Rae_vallavalitsus, lk 78
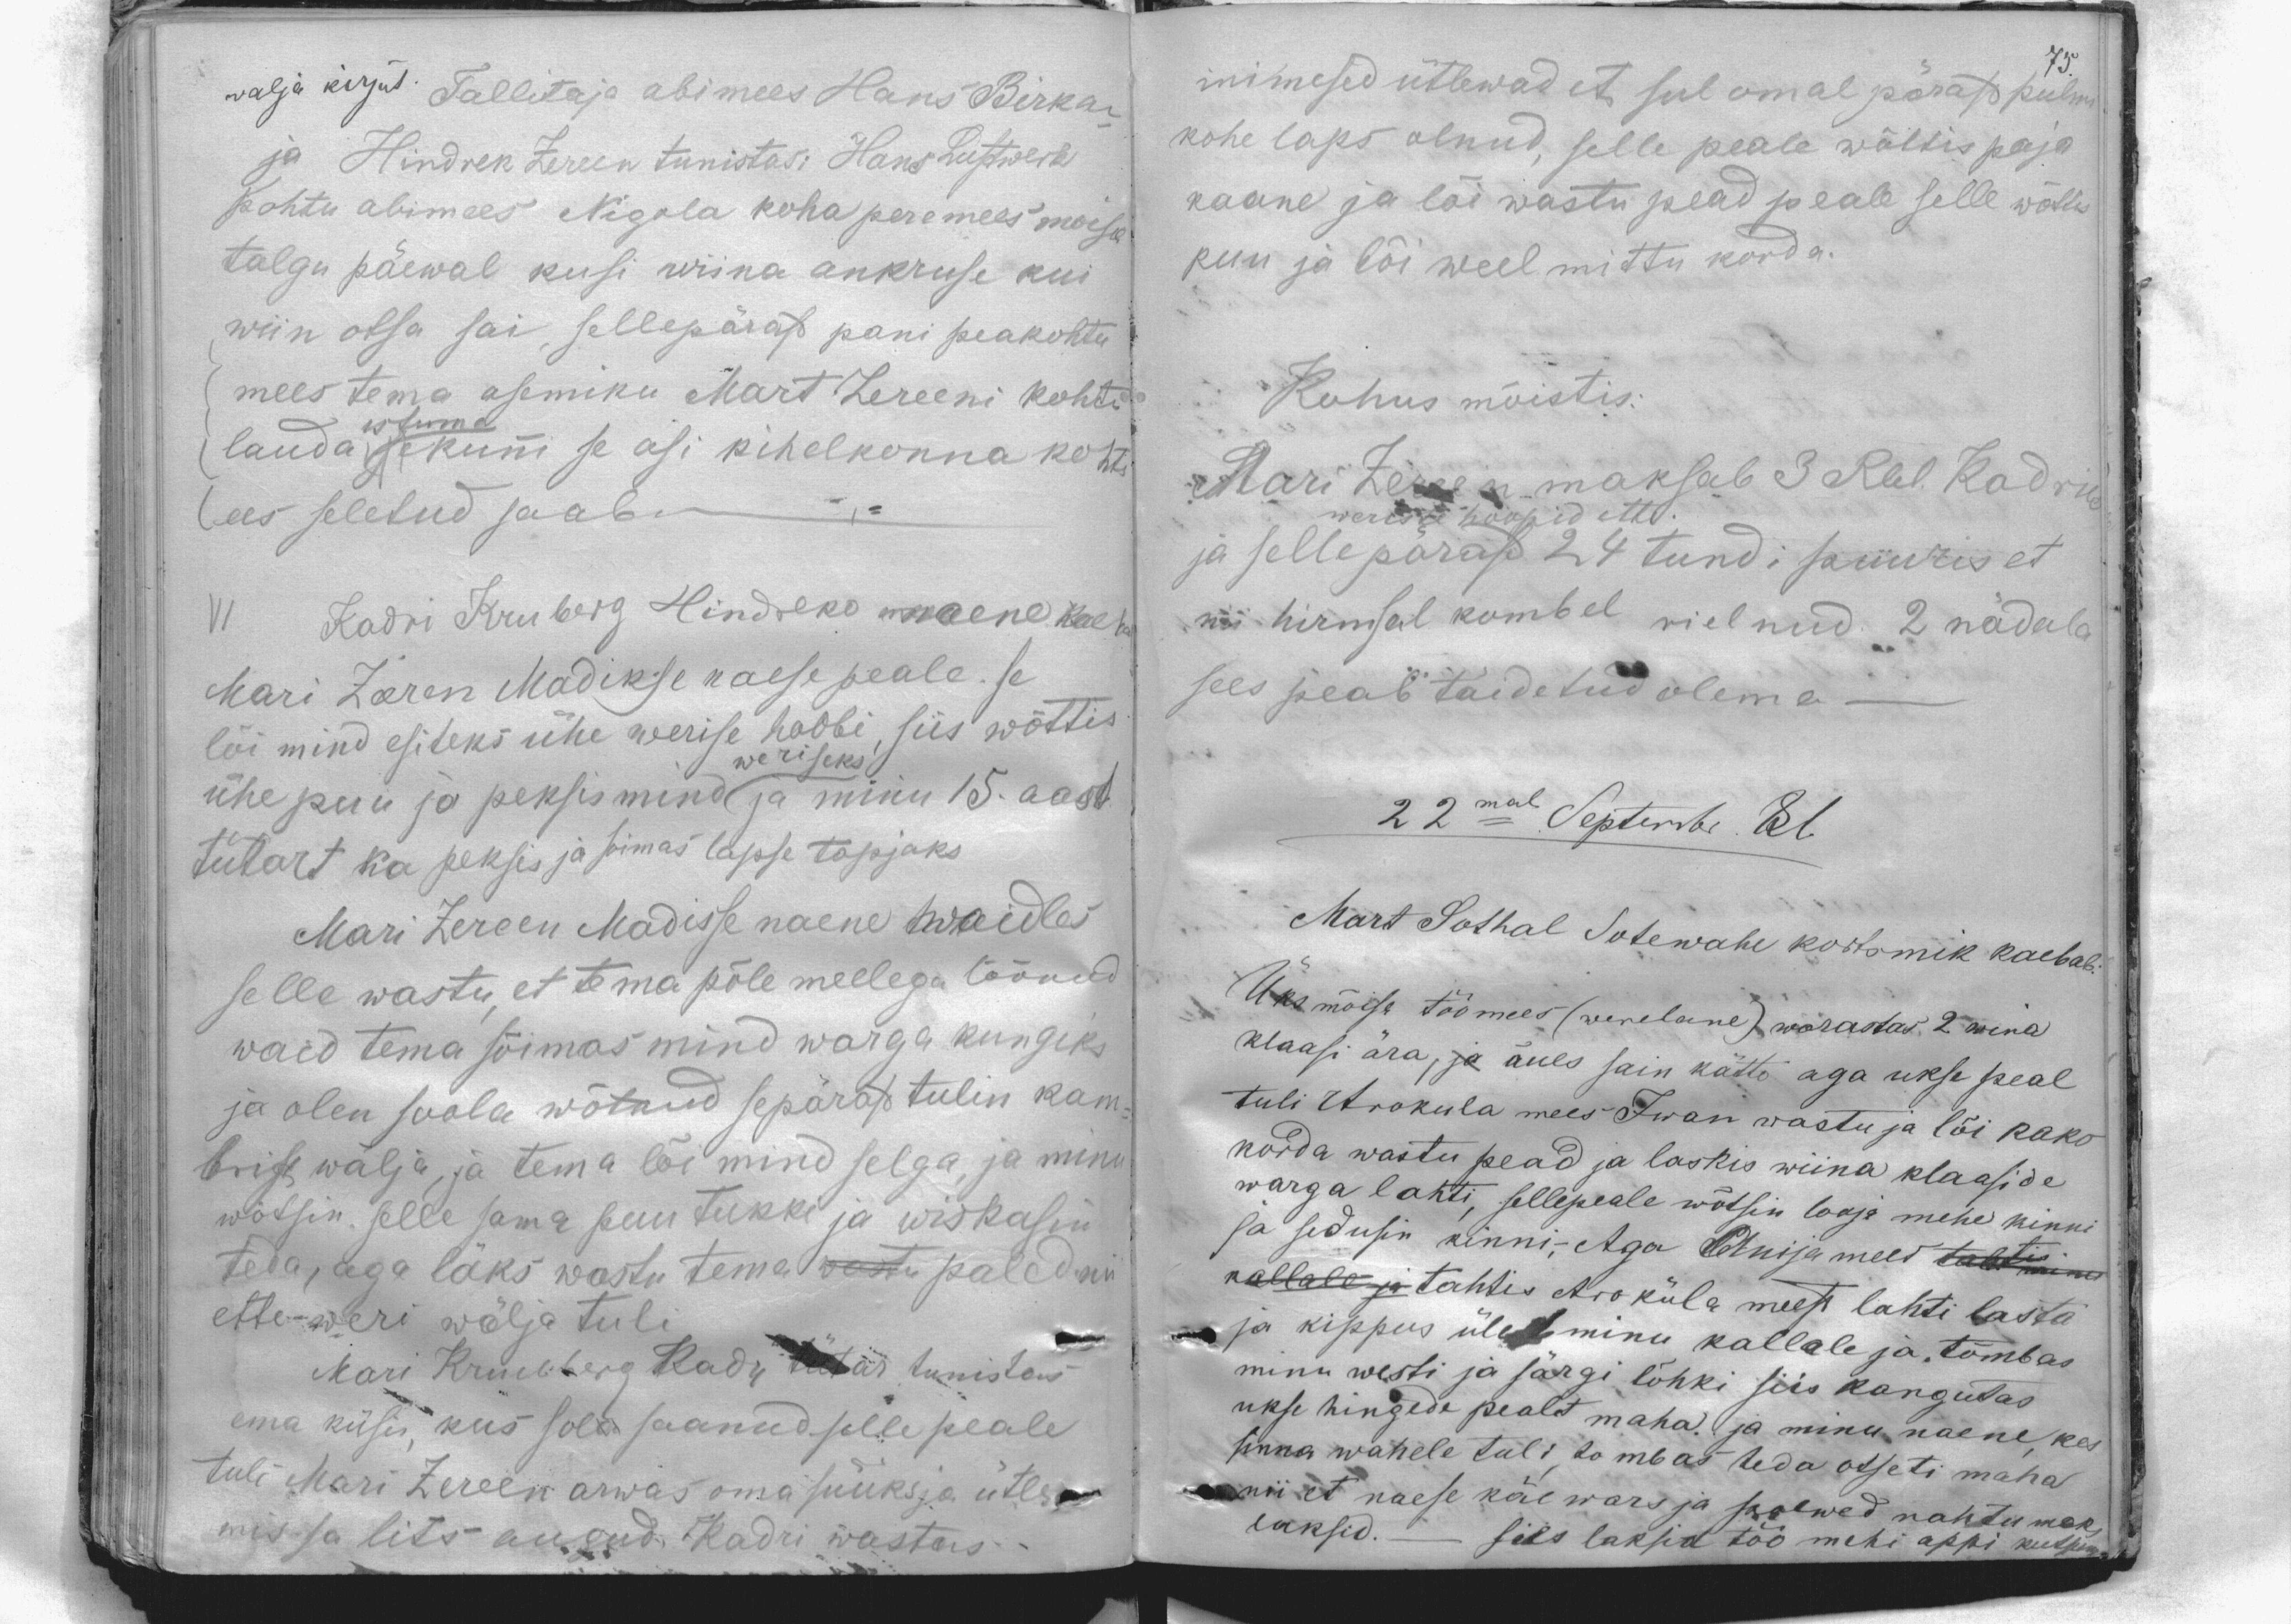
walja kirjut. Tallitaja abimees Hans Birkan
ja Hindrek Zereen tunistas: Hans Lustwerk
kohtu abimees Nigola koha peremees moisa
talgu päewal kusi wiina ankruse kui
wiin otsa sai, sellepärast pani peakohtu
mees tema asemiku Mart Zereeni kohtu
lauda se kunni se asi kihelkonna kohto
istuma
(ees seletud saab.
VI
Kadri Kruberg Hindreko naene kaebab
Mari Zeeren Madikse naese peale. se
lõi mind esiteks ühe werise hoobi, siis wõttis
weriseks
ühe puu ja peksis mind ja minu 15. aast.
tütart ka peksis ja soimas lapse tapjaks
Mari Zereen Madisse naene waidles
selle wastu, et tema põle meelega löönud
waid tema sõimas mind warga kungiks
ja olen soola wõtnud sepärast tulin kam-
brist wälja, ja tema lõi mind selga, ja mina
wõtsin selle sama puu tukki ja wiskasin
teda, aga läks wastu tema wastu paled nii
ette weri wälja tuli
Mari Krukberg Kadri tütar tunistas
ema küsis, kus sola saanud selle peale
tuli Mari Zereen arwas omas süüks ja ütles
mis sa lits augud. Kadri wastas

75.
inimesed ütlewad et sul omal pärast pulmi
kohe laps olnud, selle peale wältis paja
kaane ja lõi wastu pead peale selle wõttis
puu ja lõi weel mittu korda.
Kohus mõistis:
Mari Zereen maksab 3 Rbl. Kadrile
weriste hoopid ette.
ja sellepärast 24 tundi puuris et
nii hirmsal kombel rielnud. 2 nädala
sees peab täidetud olema
22mal Septembr. 81.
Mart Sothal Sotewahe kortsmik kaebab:
Üks mõisa töömees (wenelane) warastas 2 wina
klaasi ära, ja õues sain kätte aga ukse peal
tuli Arokula mees Iwan wastu ja lõi kaks
korda wastu pead ja laskis wiina klaaside
warga lahti, sellepeale wõtsin looja mehe kinni
ja sedusin kinni.- Aga Anija mees tahtis minu
kallale ja tahtis Aro küla meest lahti lasta
ja kippus üle minu kallale ja. tõmbas
minu westi ja särgi lõhki siis kangutas
ukse hingede pealt maha. ja minu naene, kes
sinna wahele tuli, tombas teda otseti maha
nii et naese käe wars ja polwed nahtumaks
laksid.- Siis laksid töö mehi appi kutsuma